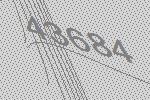
43684